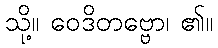
သို့။ ဝေဒိတဗ္ဗော၊ ၏။